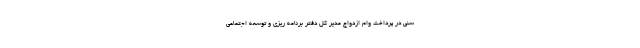
سنی در پرداخت وام ازدواج مدیر کل دفتر برنامه ریزی و توسعه اجتماعی